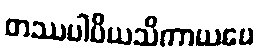
တဿပါပိယသိကာယပေ